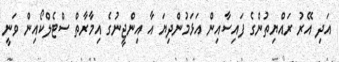
އަދި އޭރު ރައްޔިތުންގެ ފައިސާއިން އަޅަމުންދިޔަ އާ އިންޖީނުގެ އިމާރާތް ސްޓެލްކޯއިން ވަނީ